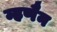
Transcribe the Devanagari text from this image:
म्हणैन